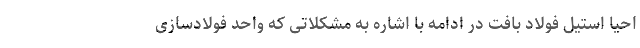
احیا استیل فولاد بافت در ادامه با اشاره به مشکلاتی که واحد فولادسازی